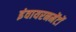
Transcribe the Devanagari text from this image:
इंवायरनमेंटों